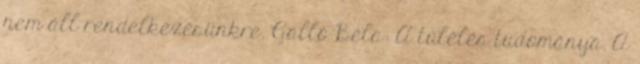
nem áll rendelkezésünkre. Galló Béla: A túlélés tudománya. A